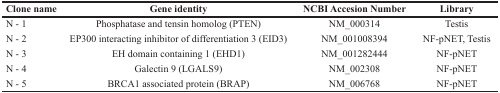
| Clone name | Gene identity | NCBI Accesion Number | Library |
 | --- | --- | --- | --- |
 | N - 1 | Phosphatase and tensin homolog (PTEN) | NM_000314 | Testis |
 | N - 2 | EP300 interacting inhibitor of differentiation 3 (EID3) | NM_001008394 | NF-pNET, Testis |
 | N - 3 | EH domain containing 1 (EHD1) | NM_001282444 | NF-pNET |
 | N - 4 | Galectin 9 (LGALS9) | NM_002308 | NF-pNET |
 | N - 5 | BRCA1 associated protein (BRAP) | NM_006768 | NF-pNET |